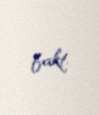
fakt.